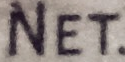
NET.